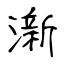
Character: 澵